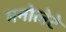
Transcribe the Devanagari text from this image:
मनोलेटे